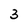
Character: 3